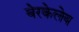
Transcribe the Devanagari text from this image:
बेरकेलेय